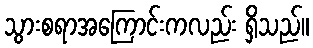
သွားစရာအကြောင်းကလည်း ရှိသည်။